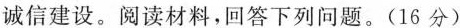
诚信建设。阅读材料，回答下列问题。(16分)